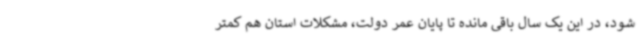
شود، در این یک سال باقی مانده تا پایان عمر دولت، مشکلات استان هم کمتر